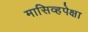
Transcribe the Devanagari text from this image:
मासिव्हपेक्षा